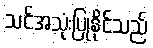
သင်အသုံးပြုနိုင်သည်